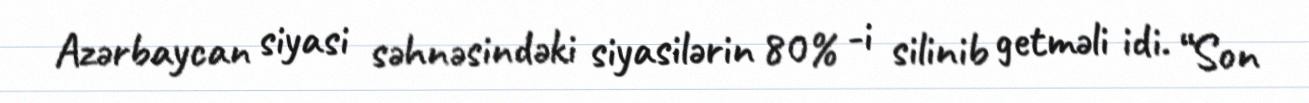
Azərbaycan siyasi səhnəsindəki siyasilərin 80% -i silinib getməli idi. “Son